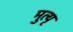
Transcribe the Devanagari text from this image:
मुत्यृ